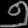
Digit: ၅